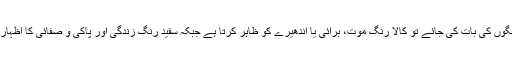
مثلاً رنگوں کی بات کی جائے تو کالا رنگ موت، برائی یا اندھیرے کو ظاہر کرتا ہے جبکہ سفید رنگ زندگی اور پاکی و صفائی کا اظہاریہ ہے۔